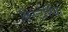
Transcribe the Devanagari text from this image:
विस्टेरिया